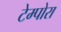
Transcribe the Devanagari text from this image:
टेम्पोरा